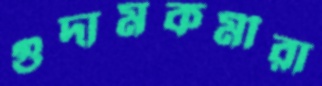
গুদামকর্মীরা